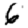
Digit: 6